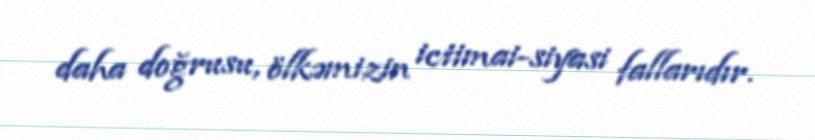
daha doğrusu, ölkəmizin ictimai-siyasi fallarıdır.